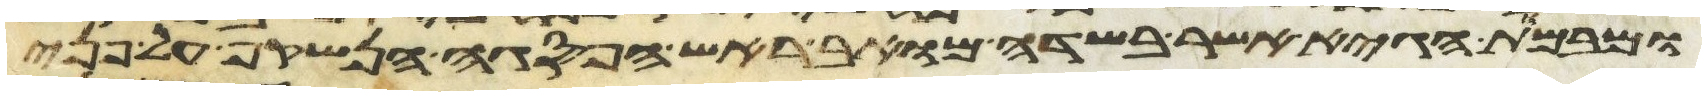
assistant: ומבמות הגיא אשר בשדה מואב ראש הפסגה הנשקף על פני